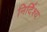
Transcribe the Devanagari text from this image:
निर्दिश्य